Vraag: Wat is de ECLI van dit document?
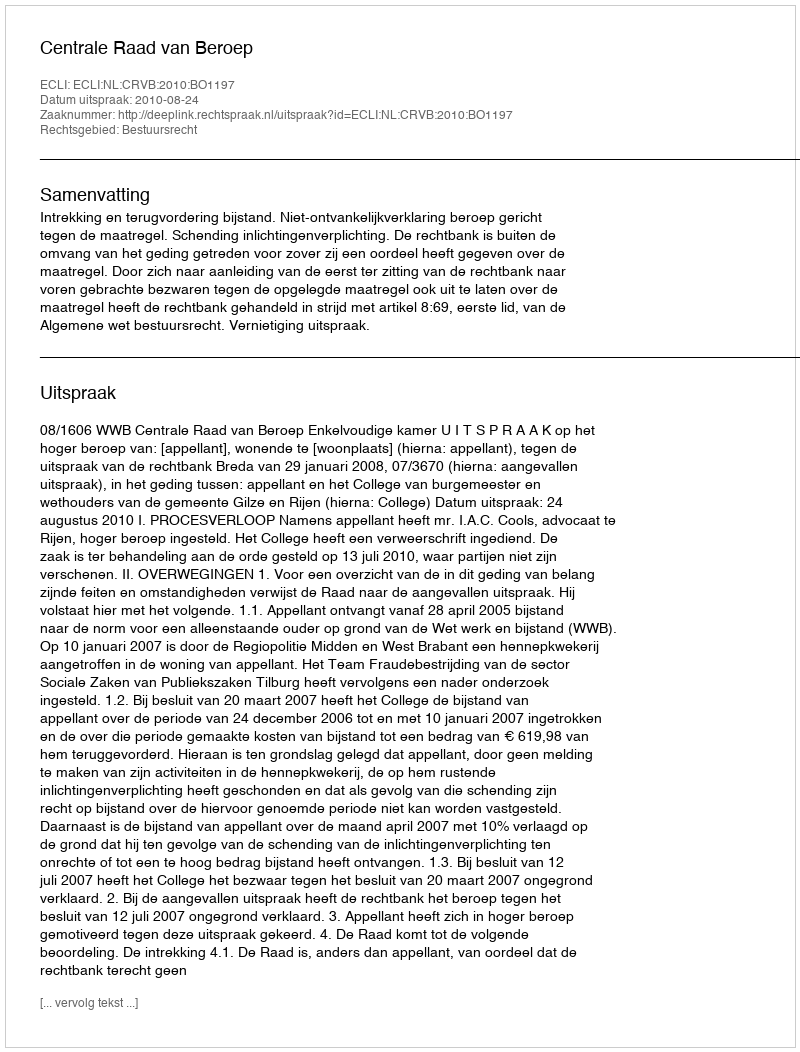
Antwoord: ECLI:NL:CRVB:2010:BO1197